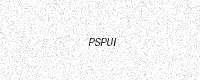
Text: PSPUI